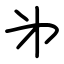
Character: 㐧